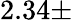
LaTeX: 2.34\pm